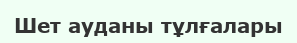
Шет ауданы тұлғалары